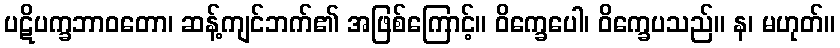
ပဋိပက္ခဘာဝတော၊ ဆန့်ကျင်ဘက်၏ အဖြစ်ကြောင့်။ ဝိက္ခေပေါ၊ ဝိက္ခေပသည်။ န၊ မဟုတ်။